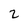
Character: 2